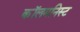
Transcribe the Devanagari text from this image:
कॉलमनिस्ट